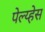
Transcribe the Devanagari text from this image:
पेल्य्हेस